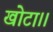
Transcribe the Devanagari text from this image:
खोटा।।